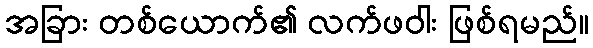
အခြား တစ်ယောက်၏ လက်ဖဝါး ဖြစ်ရမည်။